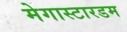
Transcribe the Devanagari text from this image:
मेगास्टारडम